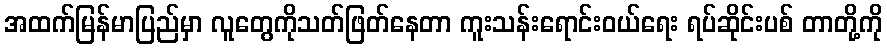
အထက်မြန်မာပြည်မှာ လူတွေကိုသတ်ဖြတ်နေတာ ကူးသန်းရောင်းဝယ်ရေး ရပ်ဆိုင်းပစ် တာတို့ကို